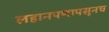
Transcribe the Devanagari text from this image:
लहानपणापसूनच